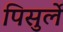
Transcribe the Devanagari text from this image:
पिसुर्ले